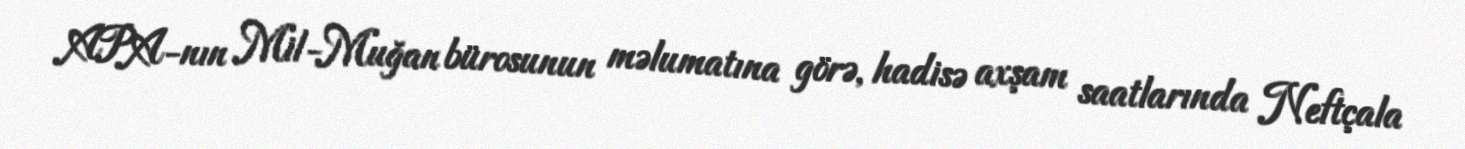
APA-nın Mil-Muğan bürosunun məlumatına görə, hadisə axşam saatlarında Neftçala